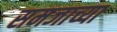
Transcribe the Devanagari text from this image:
समजाच्या